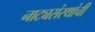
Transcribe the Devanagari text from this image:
नाट्यसंस्थांची